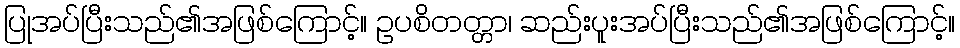
ပြုအပ်ပြီးသည်၏အဖြစ်ကြောင့်။ ဥပစိတတ္တာ၊ ဆည်းပူးအပ်ပြီးသည်၏အဖြစ်ကြောင့်။